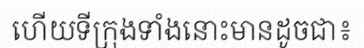
ហើយទីក្រុងទាំងនោះមានដូចជា៖